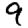
Digit: 9